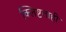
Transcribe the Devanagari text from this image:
क्लिष्टताही